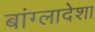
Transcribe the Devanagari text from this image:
बांग्लादेशा